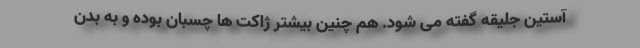
آستین جلیقه گفته می شود. هم چنین بیشتر ژاکت ها چسبان بوده و به بدن